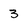
Character: 3